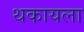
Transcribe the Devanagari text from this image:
थकायला